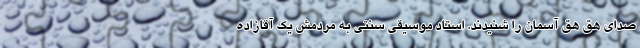
صدای هق هق آسمان را شنیدند. استاد موسیقی سنتی به مردمش یک آقازاده